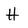
Character: H